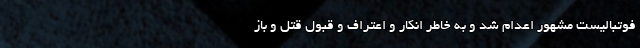
فوتبالیست مشهور اعدام شد و به خاطر انکار و اعتراف و قبول قتل و باز